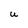
Character: U